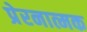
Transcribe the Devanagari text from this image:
प्रेरनात्मक